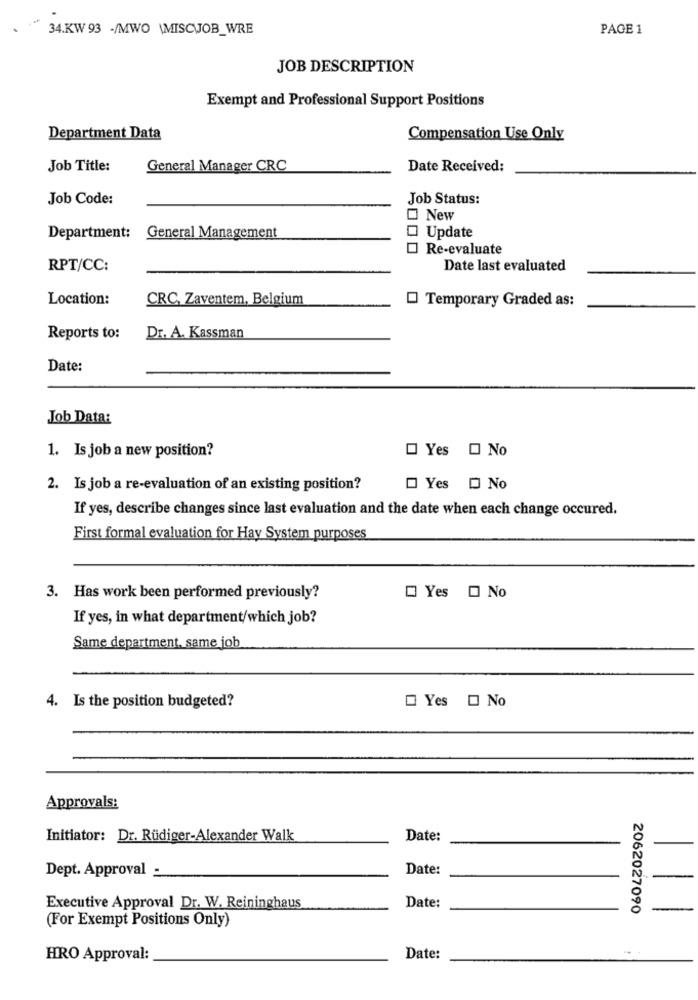
34.KW 93 -/MWO \MISCUJOB_WRE
PAGE 1
JOB DESCRIPTION
Exempt and Professional Support Positions
Department Data
Compensation Use Only
Job Title:
General Manager CRC
Date Received:
Job Code:
Job Status:
New
Department:
General Management
Update
Re-evaluate
RPT/CC:
Date last evaluated
Location:
CRC, Zaventem, Belgium
Temporary Graded as:
Reports to:
Dr. A. Kassman
Date:
Job Data:
1. Is job a new position?
Yes O No
2. Is job a re-evaluation of an existing position?
Yes D No
If yes, describe changes since last evaluation and the date when each change occured.
First formal evaluation for Hay System purposes
3. Has work been performed previously?
Yes O No
If yes, in what department/which job?
Same department, same job
Yes O No
4. Is the position budgeted?
Approvals:
Initiator: Dr. Rüdiger-Alexander Walk
Date:
Dept. Approval _
Date:
Executive Approval Dr. W. Reininghaus
Date:
2062027090
(For Exempt Positions Only)
HRO Approval:
Date: